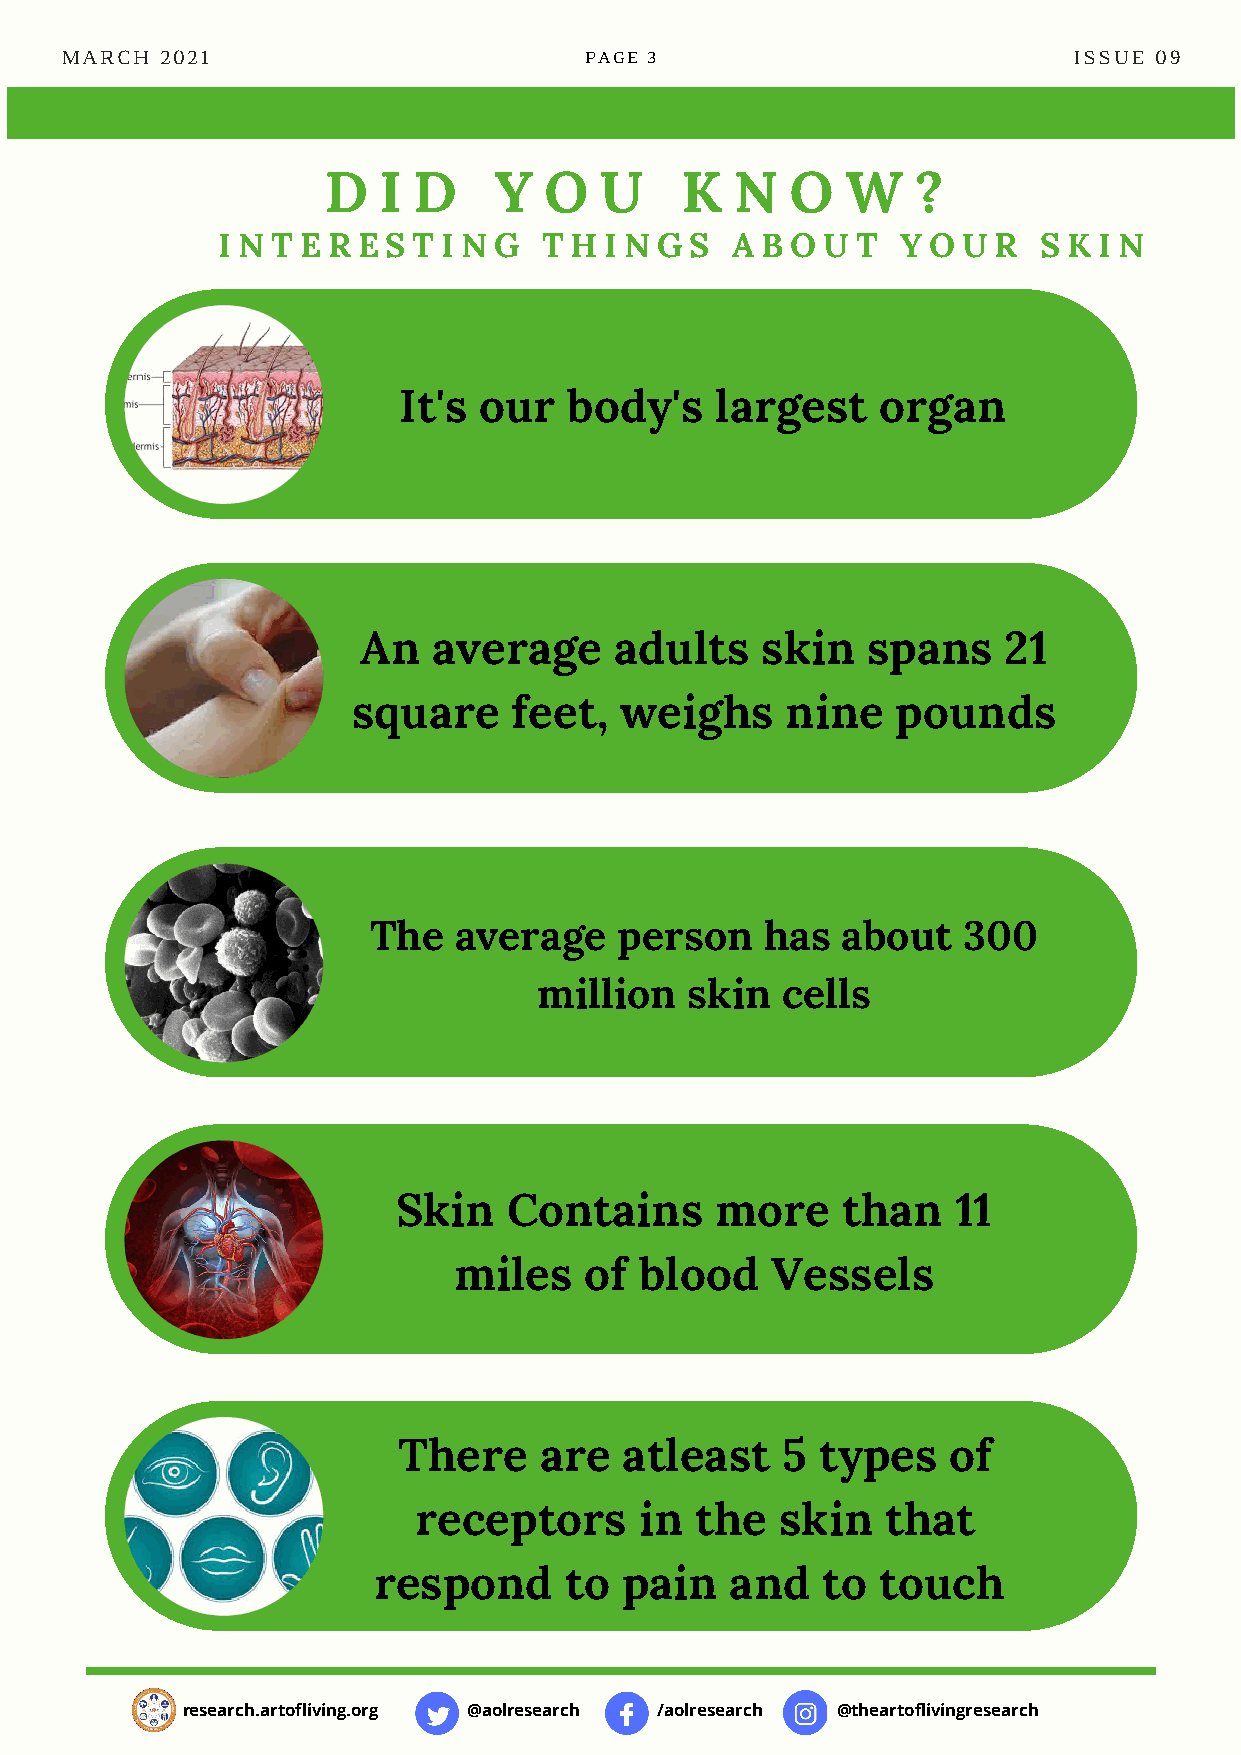
Panelists of Youth Mental
 Health: Ancient Solutions
 MARCH  2021     for the Next Generation PAGE 3                     ISSUE 09
 D   I D     Y  O   U    K   N  O   W    ?
 I N T E R E S T I N G T H I N G S A B O U  T  Y O U R  S K I N
 It's  our   body's   largest    organ
 An   average     adults   skin   spans    21
 square     feet,  weighs     nine   pounds
 The   average    person    has  about   300
 million  skin   cells
 Skin    Contains     more     than   11
 miles    of blood    Vessels
 There     are  atleast    5 types    of
 receptors      in  the   skin   that
 respond     to  pain   and   to  touch
 research.artofliving.org @aolresearch /aolresearch @theartoflivingresearch